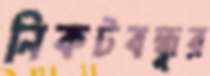
নিকটবন্ধুর